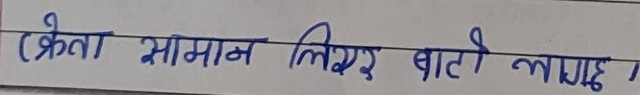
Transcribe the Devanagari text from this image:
(क्रेता सामान लिएर बाटो लाग्यो।